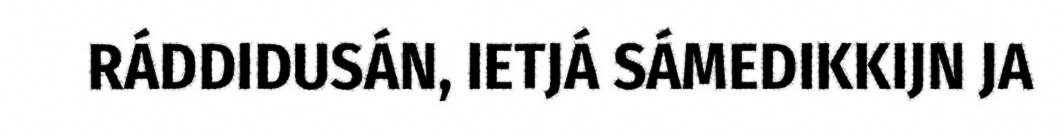
RÁDDIDUSÁN, IETJÁ SÁMEDIKKIJN JA